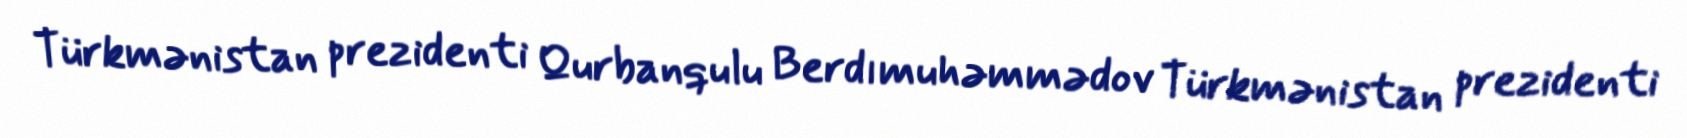
Türkmənistan prezidenti Qurbanqulu Berdımuhəmmədov Türkmənistan prezidenti